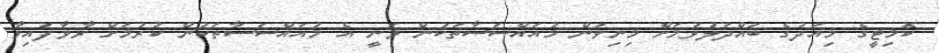
ކޮމިޓީގެ މިއަދުގެ ބައްދަލުވުމަށް މިނިވަން މުއައްސަސާތަކުން ވަނީ އެ މުއައްސަސާތަކުން ކުރުމަށް ރާވާފައިވާ